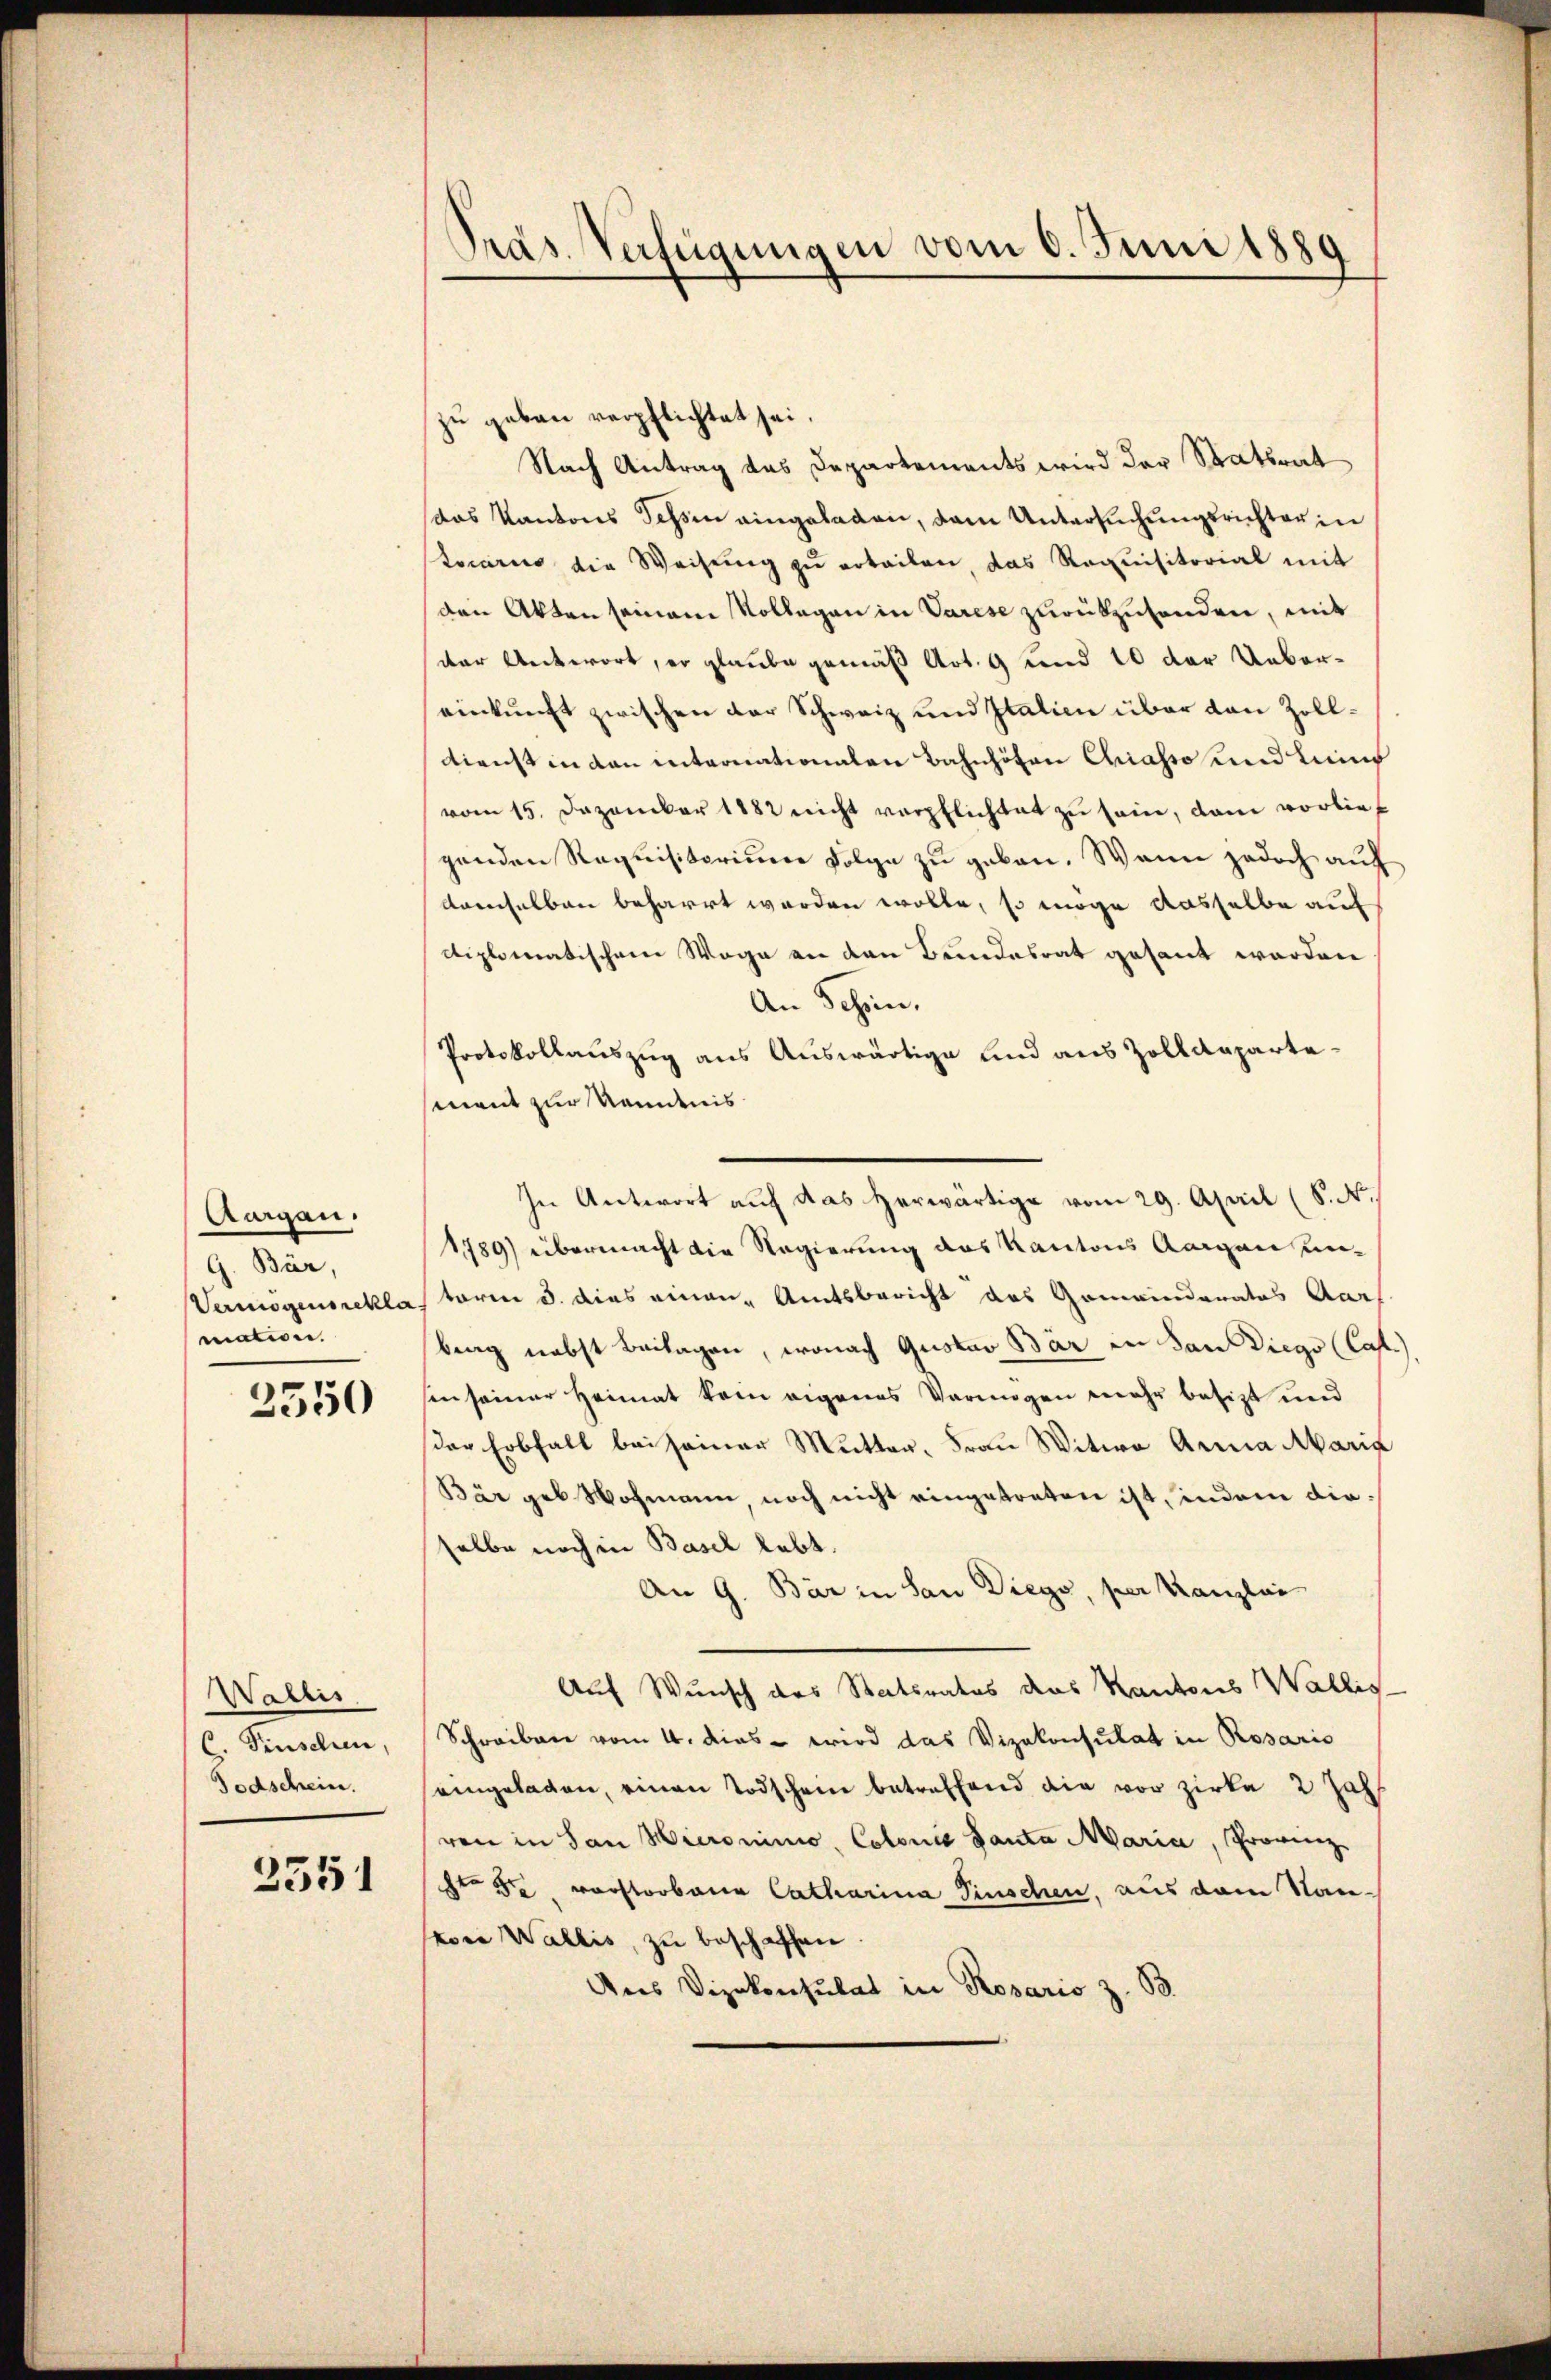
Aargau.
G. Bär,
mation.

2550

Wallis.
C. Finschen,
Todschrein.

2351

Präs. Verfügungen vom 6. Juni 1889

zu gebau verpflichtet sei.
Nach Antrag das Departements wird der Statsrat
das Kantons Tessin eingeladen, dem Untersuchungsrichter in
stucariis die Weisung zu erteilen, das Requisitorial mit
den Akten seinem Vollegen in Varese zurükzusenden, mit
der Antwort, er glaube gemäß Art. 9 und 10 der Uebereinkunft zwischen der Schweiz und Italien über den Zolldienst in den intronationalen Bahnhöhen Chiasso und Leine
vom 15. Dezember 1882 nicht verpflichtet zu sein, dann vorlief
genden Requisitorium Folge zu geben. Wenn jedoch auf
demselben beharrt worden wolle, so möge dasselbe auf
diplomatischem Wege an den Bundesrat gesant werden
An Schein.
Protokollauszug aus Auswärtige und aus Zolldepartesment zur Kenntnis
In Antwort auf das herwärtige vom 29. April (S. N.
1789) übermacht die Regierung des Kantons Aargau un¬
Vermögensreklas tore d. dies einen Amtsbericht des Gemeinderates Aar
bing nebst Beilagen, wonach Gustav Bär in San Diego (Cat.)
sen seiner Heimat kein eigenes Vermögen mehr besitzt und
der Erbfalt bei seiner Mutter, Frau Witwe Anna Maria
Bär geb. Wohmann, noch nicht eingetreten ist, indem dieselbe noch in Basel lebt.
An G. Bär in San Diego, per Kanzlei
Auf Wunsch des Staatsrates das Kantons Wällig
Schreiben vom 4. dies - wird das Vizekonsulat in Rosario
seingelagen, einen Todschein betreffend die vor Zirke 2 Jahr
ren in San Hieronimo, Colonis Santa Maria, Provinz
te 5 vorstorbana Catharina Pinschen, aus dem Naneven Wallis, zu beschaffen
Des Vizekonsulat in Rosario z. B.